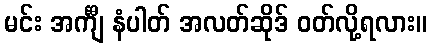
မင်း အင်္ကျီ နံပါတ် အလတ်ဆိုဒ် ဝတ်လို့ရလား။